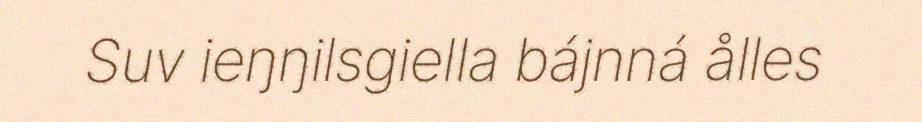
Suv ieŋŋilsgiella bájnná ålles